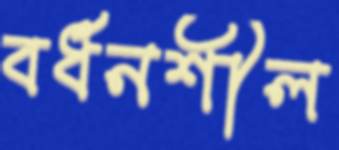
বর্ধনশীল